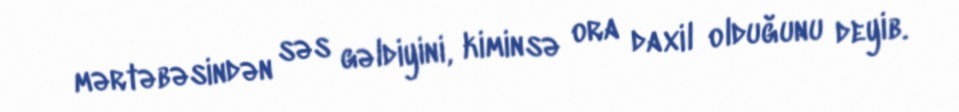
mərtəbəsindən səs gəldiyini, kiminsə ora daxil olduğunu deyib.